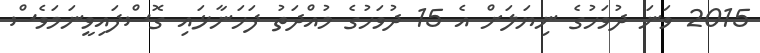
2015 ވަނަ ދުވަހުގެ ނިޔަލަށް އެ 15 ދުވަހުގެ މުއްދަތު ފަހަނާޅައި ގޮސްފައިވީނަމަވެސް